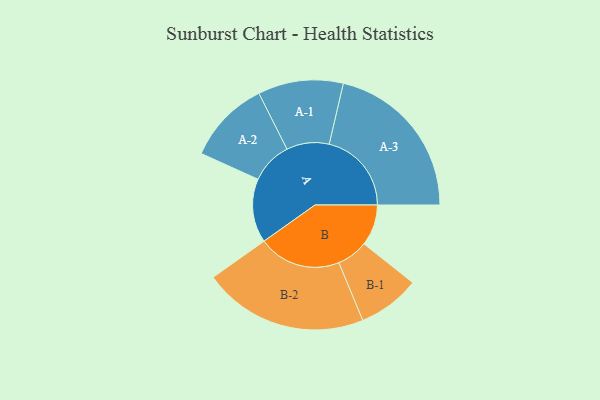
{"axis": {"x": "Segment", "y": "Value"}, "legend": ["", "A", "B"], "data": [{"x": "A", "y": 222, "type": ""}, {"x": "B", "y": 143, "type": ""}, {"x": "A-1", "y": 148, "type": "A"}, {"x": "A-2", "y": 145, "type": "A"}, {"x": "A-3", "y": 286, "type": "A"}, {"x": "B-1", "y": 108, "type": "B"}, {"x": "B-2", "y": 287, "type": "B"}]}